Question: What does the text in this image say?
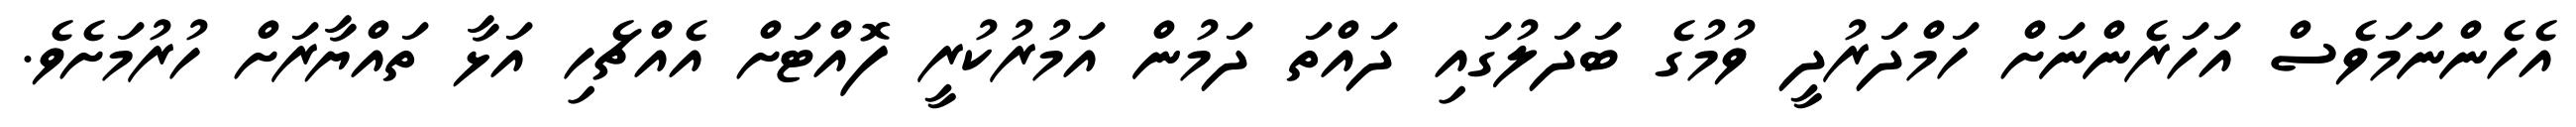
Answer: އެހެންނަމަވެސް އަހަރެންނަށް ހަމްދަރުދީ ވުމުގެ ބަދަލުގައި ދައްތަ ދަމުން އަމުރުކުރީ ފޮއްޓަށް އެއްޗެހި އަޅާ ތައްޔާރަށް ހުރުމަށެވެ.